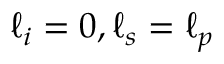
\ell _ { i } = 0 , \ell _ { s } = \ell _ { p }